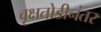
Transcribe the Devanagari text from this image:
वृक्षतोडीनंतर